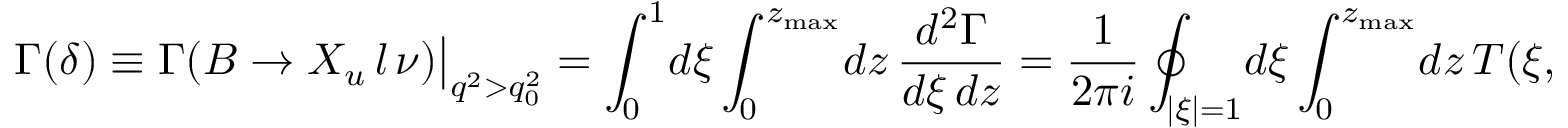
\Gamma ( \delta ) \equiv \Gamma ( B \to X _ { u } \, l \, \nu ) \big | _ { q ^ { 2 } > q _ { 0 } ^ { 2 } } = \int _ { 0 } ^ { 1 } \! d \xi \int _ { 0 } ^ { z _ { \mathrm { m a x } } } \! d z \, \frac { d ^ { 2 } \Gamma } { d \xi \, d z } = \frac { 1 } { 2 \pi i } \oint _ { | \xi | = 1 } \! d \xi \int _ { 0 } ^ { z _ { \mathrm { m a x } } } \! d z \, T ( \xi , z ) \, ,